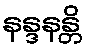
နန္ဒနန္တိ